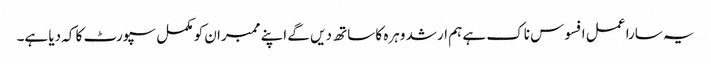
یہ سارا عمل افسوس ناک ہے ہم ارشد وہرہ کا ساتھ دیں گے اپنے ممبران کو مکمل سپورٹ کا کہ دیا ہے۔